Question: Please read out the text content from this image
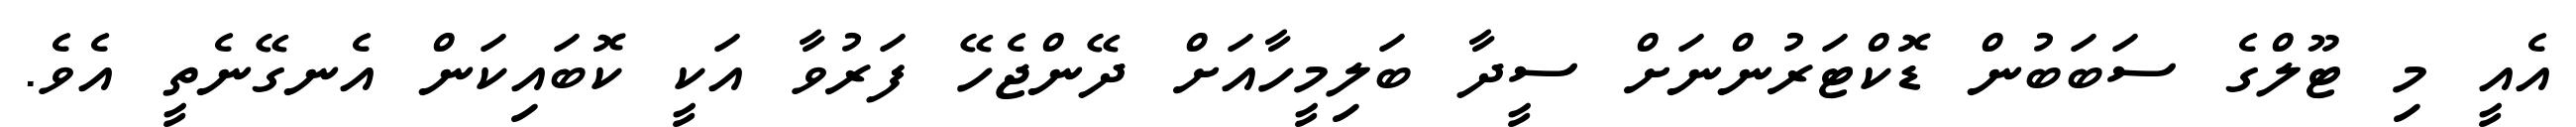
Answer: އެއީ މި ޓޫލްގެ ސަބަބުން ޑޮކްޓަރުންނަށް ސީދާ ބަލިމީހާއަށް ދޭންޖެހޭ ފަރުވާ އަކީ ކޮބައިކަން އެނގޭނެތީ އެވެ.